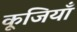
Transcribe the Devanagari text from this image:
कूजियाँ